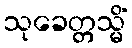
သုခေတ္တသ္မိံ